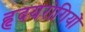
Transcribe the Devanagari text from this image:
हृदयरोगियों